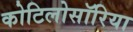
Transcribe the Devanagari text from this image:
कोटिलोसॉरिया